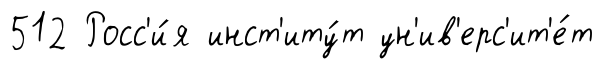
512 Росс'и́я инст'иту́т ун'ив'ерс'ит'е́т